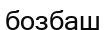
бозбаш